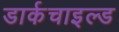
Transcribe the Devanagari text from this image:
डार्कचाइल्ड